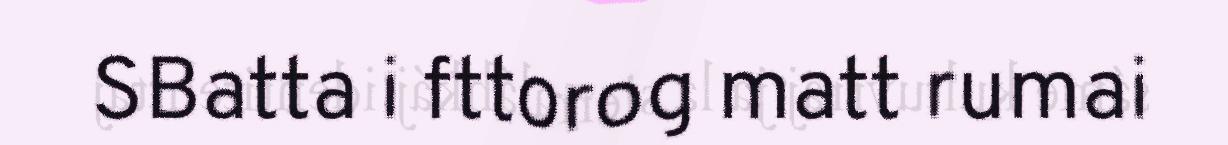
SBatta i fttorog matt rumai